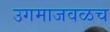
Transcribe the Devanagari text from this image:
उगमाजवळच